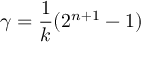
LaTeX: \gamma = { \frac { 1 } { k } } ( 2 ^ { n + 1 } - 1 )